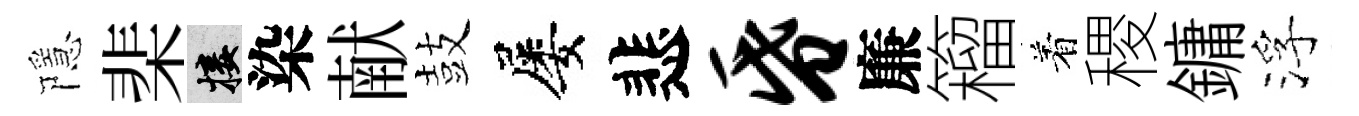
隱棐接染献鼓屡悲昏廉籕着稷鏞浮